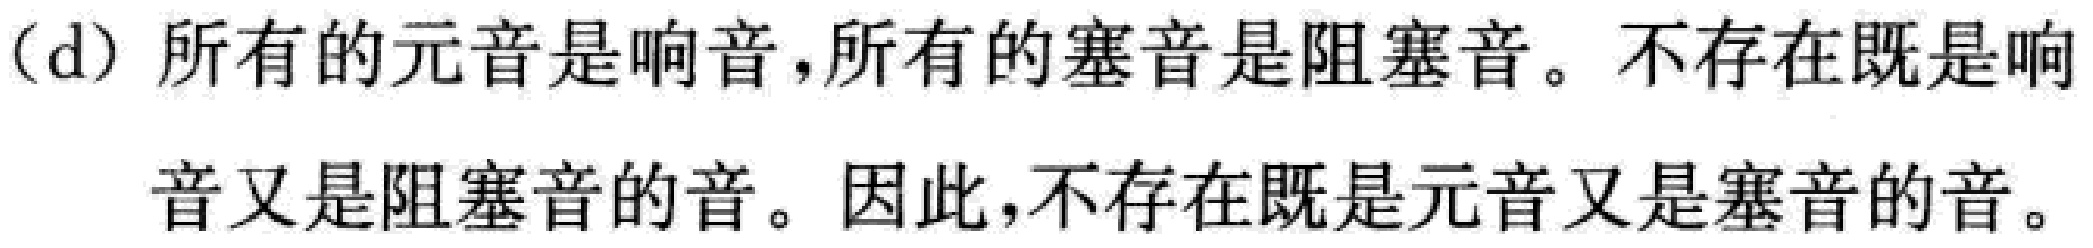
(d) 所有的元音是响音，所有的塞音是阻塞音。不存在既是响

音又是阻塞音的音。因此，不存在既是元音又是塞音的音。